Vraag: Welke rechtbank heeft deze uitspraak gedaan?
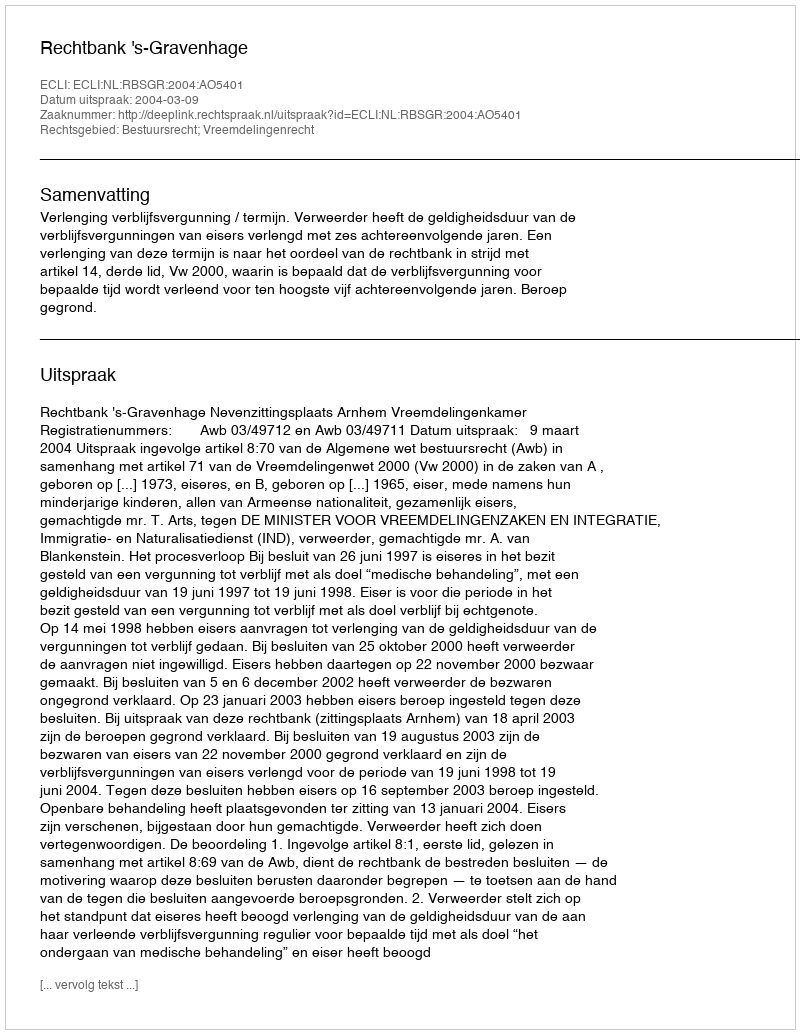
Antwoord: Rechtbank 's-Gravenhage